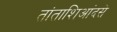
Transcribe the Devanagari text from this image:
तांताशिआंदसे